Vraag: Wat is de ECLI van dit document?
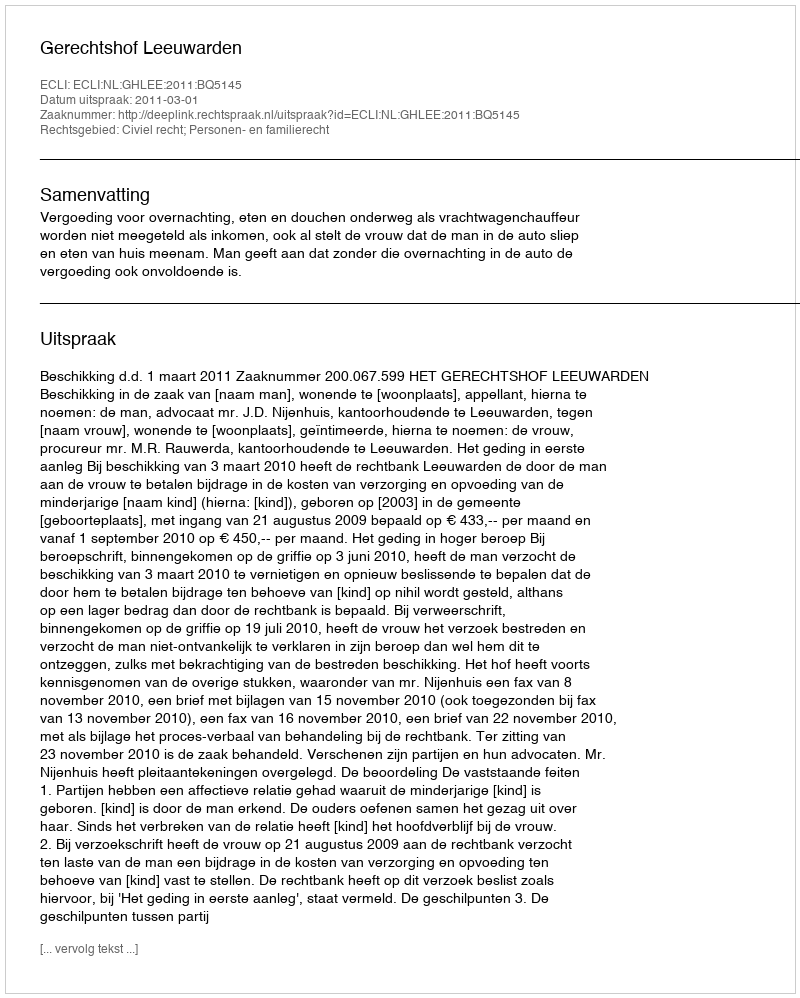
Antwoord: ECLI:NL:GHLEE:2011:BQ5145